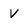
Character: V